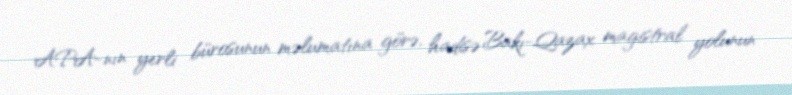
APA-nın yerli bürosunun məlumatına görə, hadisə Bakı-Qazax magistral yolunun